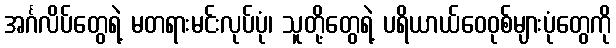
အင်္ဂလိပ်တွေရဲ့ မတရားမင်းလုပ်ပုံ၊ သူတို့တွေရဲ့ ပရိယာယ်ဝေဝုစ်များပုံတွေကို